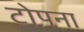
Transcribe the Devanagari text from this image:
टोपना